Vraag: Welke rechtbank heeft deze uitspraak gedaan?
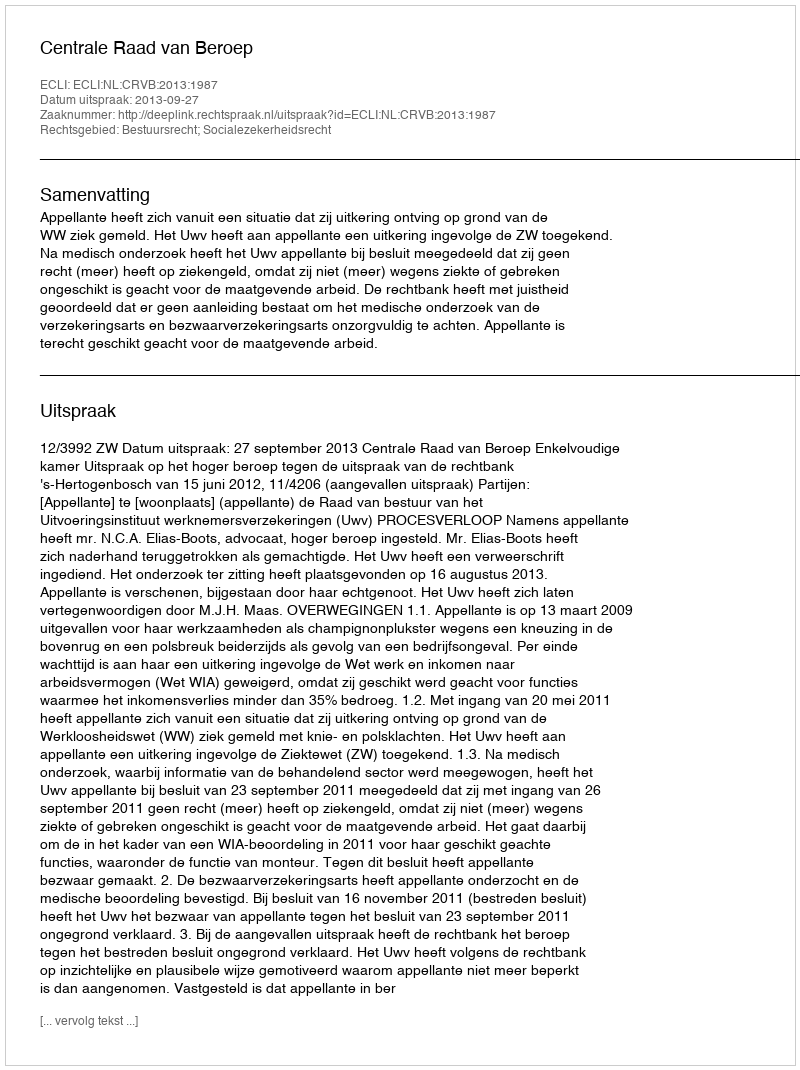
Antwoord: Centrale Raad van Beroep